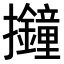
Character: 𢺚